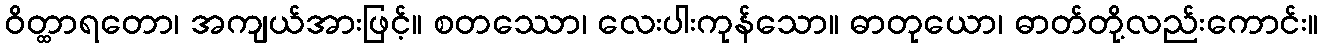
ဝိတ္ထာရတော၊ အကျယ်အားဖြင့်။ စတဿော၊ လေးပါးကုန်သော။ ဓာတုယော၊ ဓာတ်တို့လည်းကောင်း။